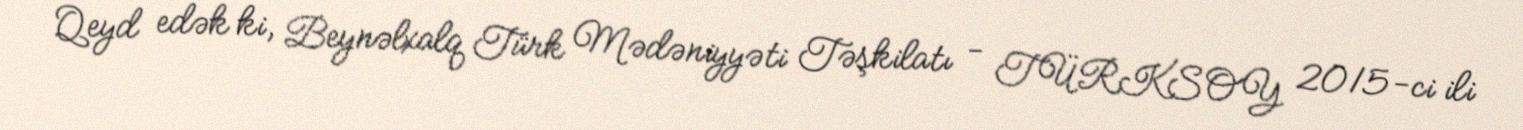
Qeyd edək ki, Beynəlxalq Türk Mədəniyyəti Təşkilatı - TÜRKSOY 2015-ci ili